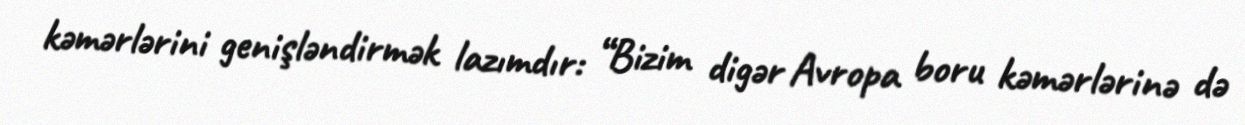
kəmərlərini genişləndirmək lazımdır: “Bizim digər Avropa boru kəmərlərinə də